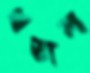
খত্তাল